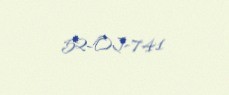
52-OJ-741